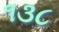
૧૩૮